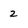
Character: 2